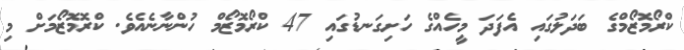
ކްރޯމޮޒޯމްގެ ބަދަލުގައި އެފަދަ މީހެއްގެ ހަށިގަނޑުގައި 47 ކްރޯމޮޒޯމް ހުންނާނެއެވެ. ކްރޮމޮޒޯމަށް މި